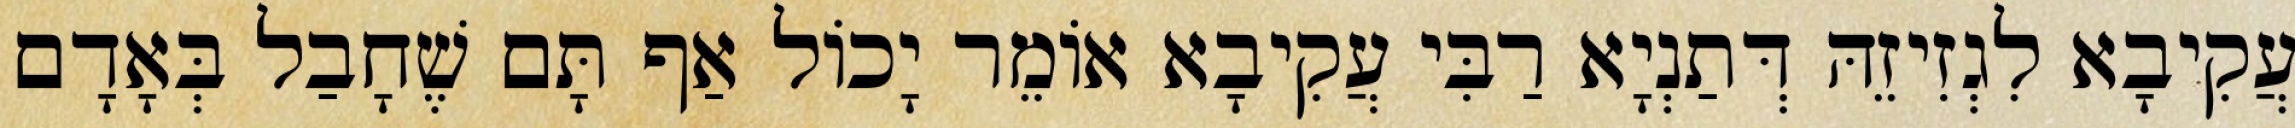
עֲקִיבָא לִגְזִיזֵהּ דְּתַנְיָא רַבִּי עֲקִיבָא אוֹמֵר יָכוֹל אַף תָּם שֶׁחָבַל בְּאָדָם